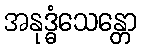
အနုဒ္ဓံသေန္တော